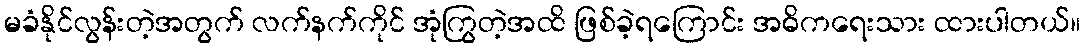
မခံနိုင်လွန်းတဲ့အတွက် လက်နက်ကိုင် အုံကြွတဲ့အထိ ဖြစ်ခဲ့ရကြောင်း အဓိကရေးသား ထားပါတယ်။